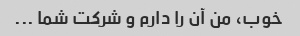
خوب، من آن را دارم و شرکت شما ...